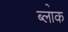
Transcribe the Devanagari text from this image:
ब्ला॓क